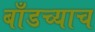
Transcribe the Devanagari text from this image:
बाँडच्याच